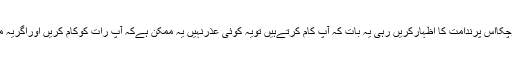
آپ پرضروری ہےکہ آپ اس سےتوبہ واستغفارکریں اورجوکچھ ہوچکااس پرندامت کا اظہارکریں رہی یہ بات کہ آپ کام کرتےہیں تویہ کوئی عذرنہیں یہ ممکن ہےکہ آپ رات کوکام کریں اوراگریہ ممکن نہیں توآپ کام چھوڑدیں کیونکہ اس کی کوئی ضرورت نہیں ۔